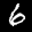
Label: 6